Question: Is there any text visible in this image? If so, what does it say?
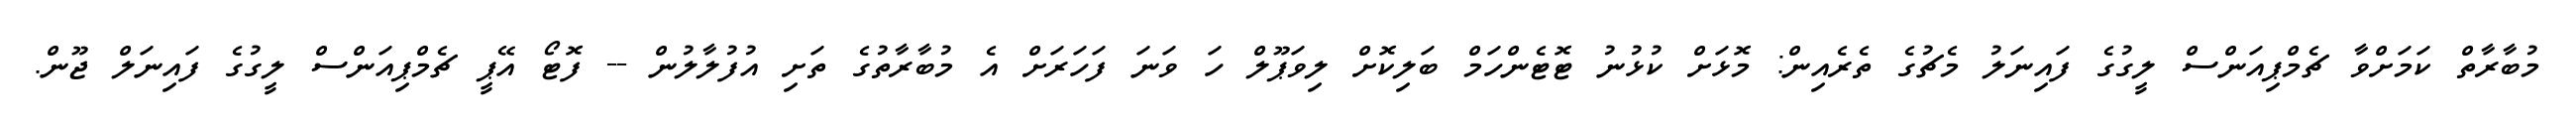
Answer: މުބާރާތް ކަމަށްވާ ޗެމްޕިއަންސް ލީގުގެ ފައިނަލު މެޗުގެ ތެރެއިން: މޮޅަށް ކުޅުނު ޓޮޓެންހަމް ބަލިކޮށް ލިވަޕޫލް ހަ ވަނަ ފަހަރަށް އެ މުބާރާތުގެ ތަށި އުފުލާލުން -- ފޮޓޯ އޭޕީ ޗެމްޕިއަންސް ލީގުގެ ފައިނަލް ޖޫން.